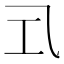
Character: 𭘂